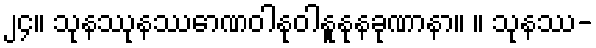
၂၄။ သုနဿုနဿောဏဝါနုဝါနူနုနခုဏာနာ။ ။ သုနဿ-